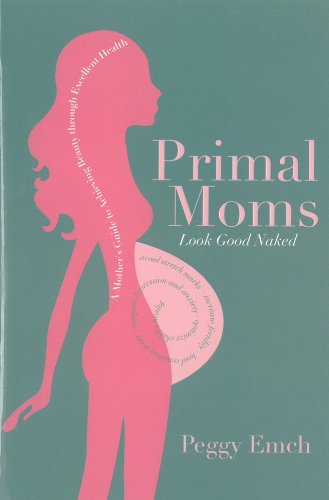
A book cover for Primal Moms Look Good Naked: A Mother's Guide to Achieving Beauty through Excellent Health; Peggy Emch; Health, Fitness & Dieting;